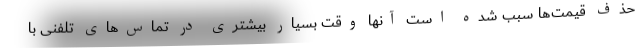
حذف قیمت‌ها سبب شده است آنها وقت بسیار بیشتری در تماس‌های تلفنی با